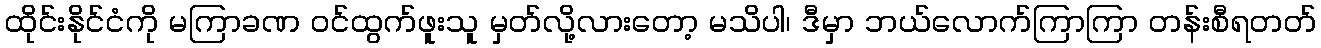
ထိုင်းနိုင်ငံကို မကြာခဏ ဝင်ထွက်ဖူးသူ မှတ်လို့လားတော့ မသိပါ၊ ဒီမှာ ဘယ်လောက်ကြာကြာ တန်းစီရတတ်